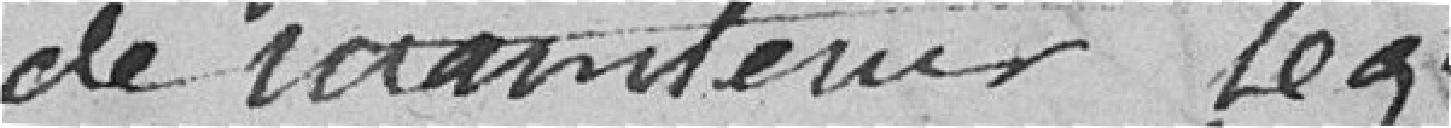
de maintenir Légalité et la liberté ainsy que les